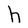
Character: h